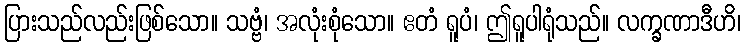
ပြားသည်လည်းဖြစ်သော။ သဗ္ဗံ၊ အလုံးစုံသော။ ဧတံ ရူပံ၊ ဤရူပါရုံသည်။ လက္ခဏာဒီဟိ၊